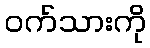
ဝက်သားကို